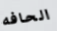
الحافه